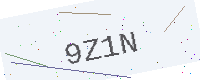
Text: 9Z1N